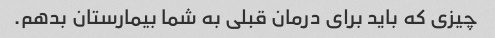
چیزی که باید برای درمان قبلی به شما بیمارستان بدهم.